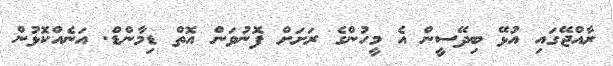
ރާއްޖޭގައި އުޅޭ ބިދޭސީން އެ މީހުންގެ ރަށަށް ފޮނުވަން އޮތް ޑިމާންޑް. އަނެއްކޮޅުން